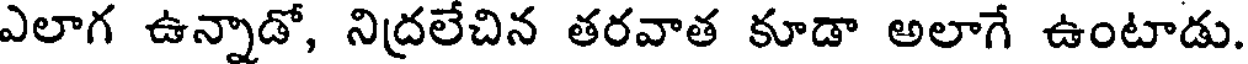
ఎలాగ ఉన్నాడో, నిద్రలేచిన తరవాత కూడా అలాగే ఉంటాడు.